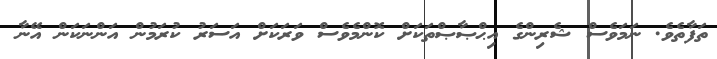
ތަފާތެވެ. ނަމަވެސް ޝެރިންގެ އިޙްޞާޞްތަކަށް ކޮންމެވެސް ވަރަކަށް އަސަރު ކުރަމުން އަންނަކަން އޭނާ